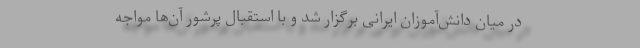
در میان دانش‌آموزان ایرانی برگزار شد و با استقبال پرشور آن‌ها مواجه